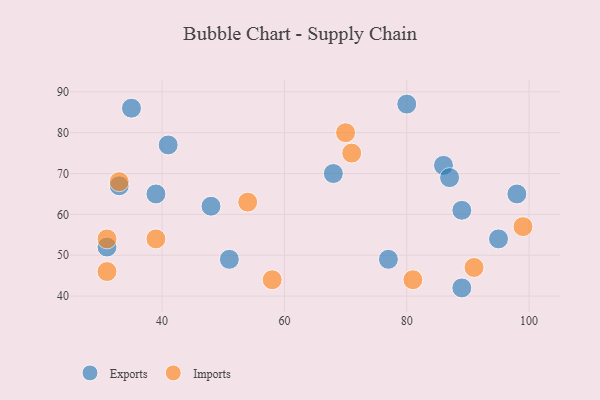
{"axis": {"x": "GDP", "y": "Life Expectancy"}, "legend": ["Exports", "Imports"], "data": [{"x": "33", "y": 67, "type": "Exports"}, {"x": "48", "y": 62, "type": "Exports"}, {"x": "35", "y": 86, "type": "Exports"}, {"x": "86", "y": 72, "type": "Exports"}, {"x": "51", "y": 49, "type": "Exports"}, {"x": "95", "y": 54, "type": "Exports"}, {"x": "39", "y": 65, "type": "Exports"}, {"x": "89", "y": 42, "type": "Exports"}, {"x": "98", "y": 65, "type": "Exports"}, {"x": "31", "y": 52, "type": "Exports"}, {"x": "89", "y": 61, "type": "Exports"}, {"x": "77", "y": 49, "type": "Exports"}, {"x": "80", "y": 87, "type": "Exports"}, {"x": "68", "y": 70, "type": "Exports"}, {"x": "41", "y": 77, "type": "Exports"}, {"x": "87", "y": 69, "type": "Exports"}, {"x": "33", "y": 68, "type": "Imports"}, {"x": "58", "y": 44, "type": "Imports"}, {"x": "91", "y": 47, "type": "Imports"}, {"x": "31", "y": 54, "type": "Imports"}, {"x": "71", "y": 75, "type": "Imports"}, {"x": "39", "y": 54, "type": "Imports"}, {"x": "81", "y": 44, "type": "Imports"}, {"x": "99", "y": 57, "type": "Imports"}, {"x": "31", "y": 46, "type": "Imports"}, {"x": "70", "y": 80, "type": "Imports"}, {"x": "54", "y": 63, "type": "Imports"}]}